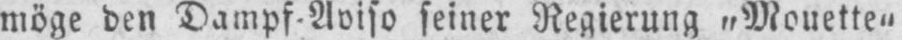
seiner Regierung „Mouette“